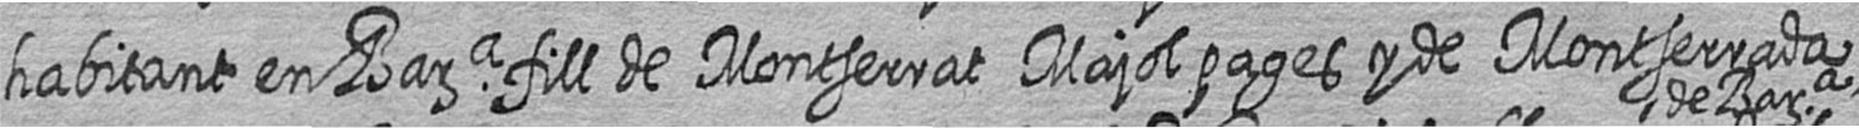
habitant en Bara fill de Montserrat Majol pages y de Montserrada